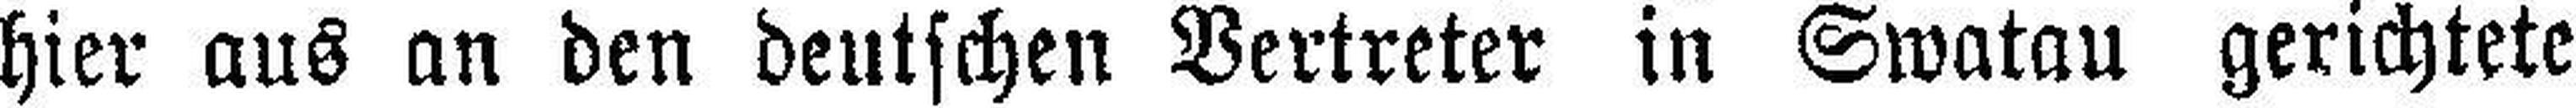
hier aus an den deutschen Vertreter in Swatau gerichtete